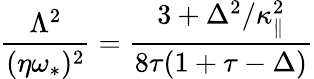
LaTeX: \frac{\Lambda^{2}}{(\eta\omega_{\ast})^{2}}=\frac{3+\Delta^{2}/\kappa_{\| }^{2}}{8\tau(1+\tau-\Delta)}